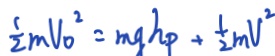
\frac { 1 } { 2 } m V _ { 0 } ^ { 2 } = m g h _ { p } + \frac { 1 } { 2 } m v ^ { 2 }